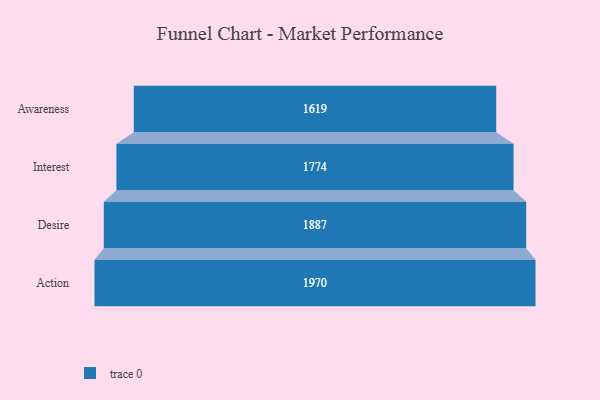
{"axis": {"x": "Stage", "y": "Value"}, "legend": [""], "data": [{"x": "Awareness", "y": 1619.0, "type": ""}, {"x": "Interest", "y": 1774.0, "type": ""}, {"x": "Desire", "y": 1887.0, "type": ""}, {"x": "Action", "y": 1970.0, "type": ""}]}